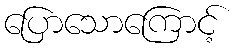
ပြောသောကြောင့်